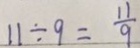
1 1 \div 9 = \frac { 1 1 } { 9 }